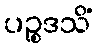
ပဉ္စဒသိံ